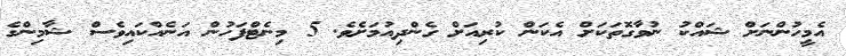
އެމީހުންނަށް ޝައްކު ނުވާގޮތަކަށް އެކަން ކުރިއަށް ގެންދިއުމަށެވެ. 5 މިނެޓްފަހުން އަނެއްކައިވެސް ޝާމިންގެ